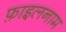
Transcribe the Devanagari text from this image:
फ़ाइलनाम